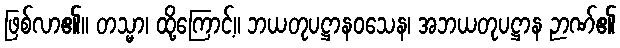
ဖြစ်လာ၏။ တသ္မာ၊ ထို့ကြောင့်။ ဘယတုပဋ္ဌာနဝသေန၊ အဘယတုပဋ္ဌာန ဉာဏ်၏